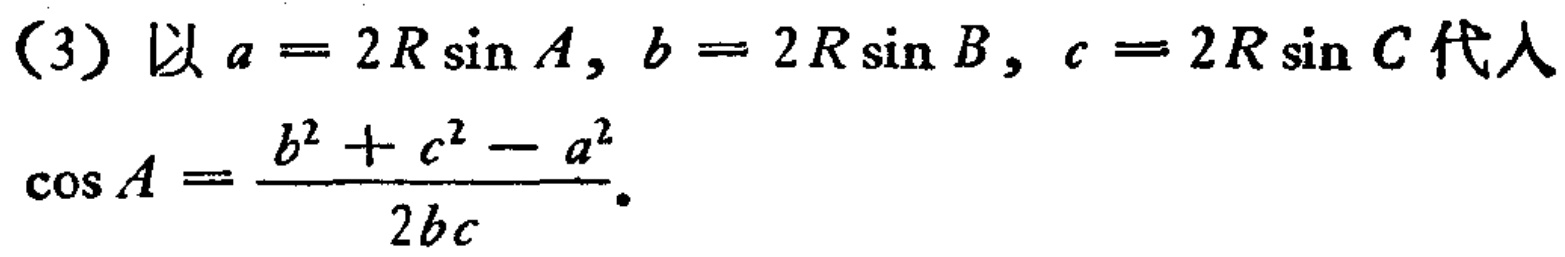
(3) 以 \(a = 2R\sin A\), \(b = 2R\sin B\), \(c = 2R\sin C\) 代入
\(\cos A=\frac{b^{2}+c^{2}-a^{2}}{2bc}\).